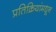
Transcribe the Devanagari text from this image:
प्रतिक्रियांमधून